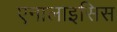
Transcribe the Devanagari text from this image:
एनालाइसिस